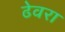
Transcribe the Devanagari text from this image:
ढेवरा